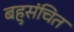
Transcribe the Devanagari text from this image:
बहुसंचित